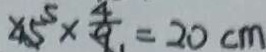
x 5 ^ { 5 } \times \frac { 4 } { 9 } = 2 0 c m